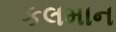
કલમાન